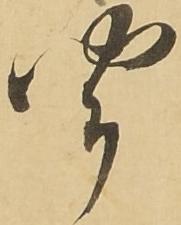
聞